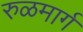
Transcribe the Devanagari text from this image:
रुळमार्ग